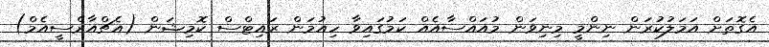
އެގޮތަށް އަމަލުކުރަން ނިންމީ މިނިވަން މުއައްސާއެއް ކަމުގައިވާ ހިއުމަން ރައިޓްސް ކޮމިޝަން (އެޗްއާރްސީއެމް)